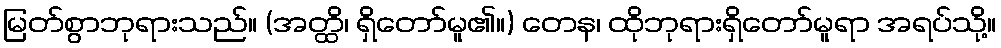
မြတ်စွာဘုရားသည်။ (အတ္ထိ၊ ရှိတော်မူ၏။) တေန၊ ထိုဘုရားရှိတော်မူရာ အရပ်သို့။